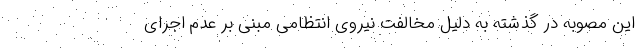
این مصوبه در گذشته به دلیل مخالفت نیروی انتظامی مبنی بر عدم اجرای